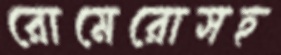
রোমেরোসহ